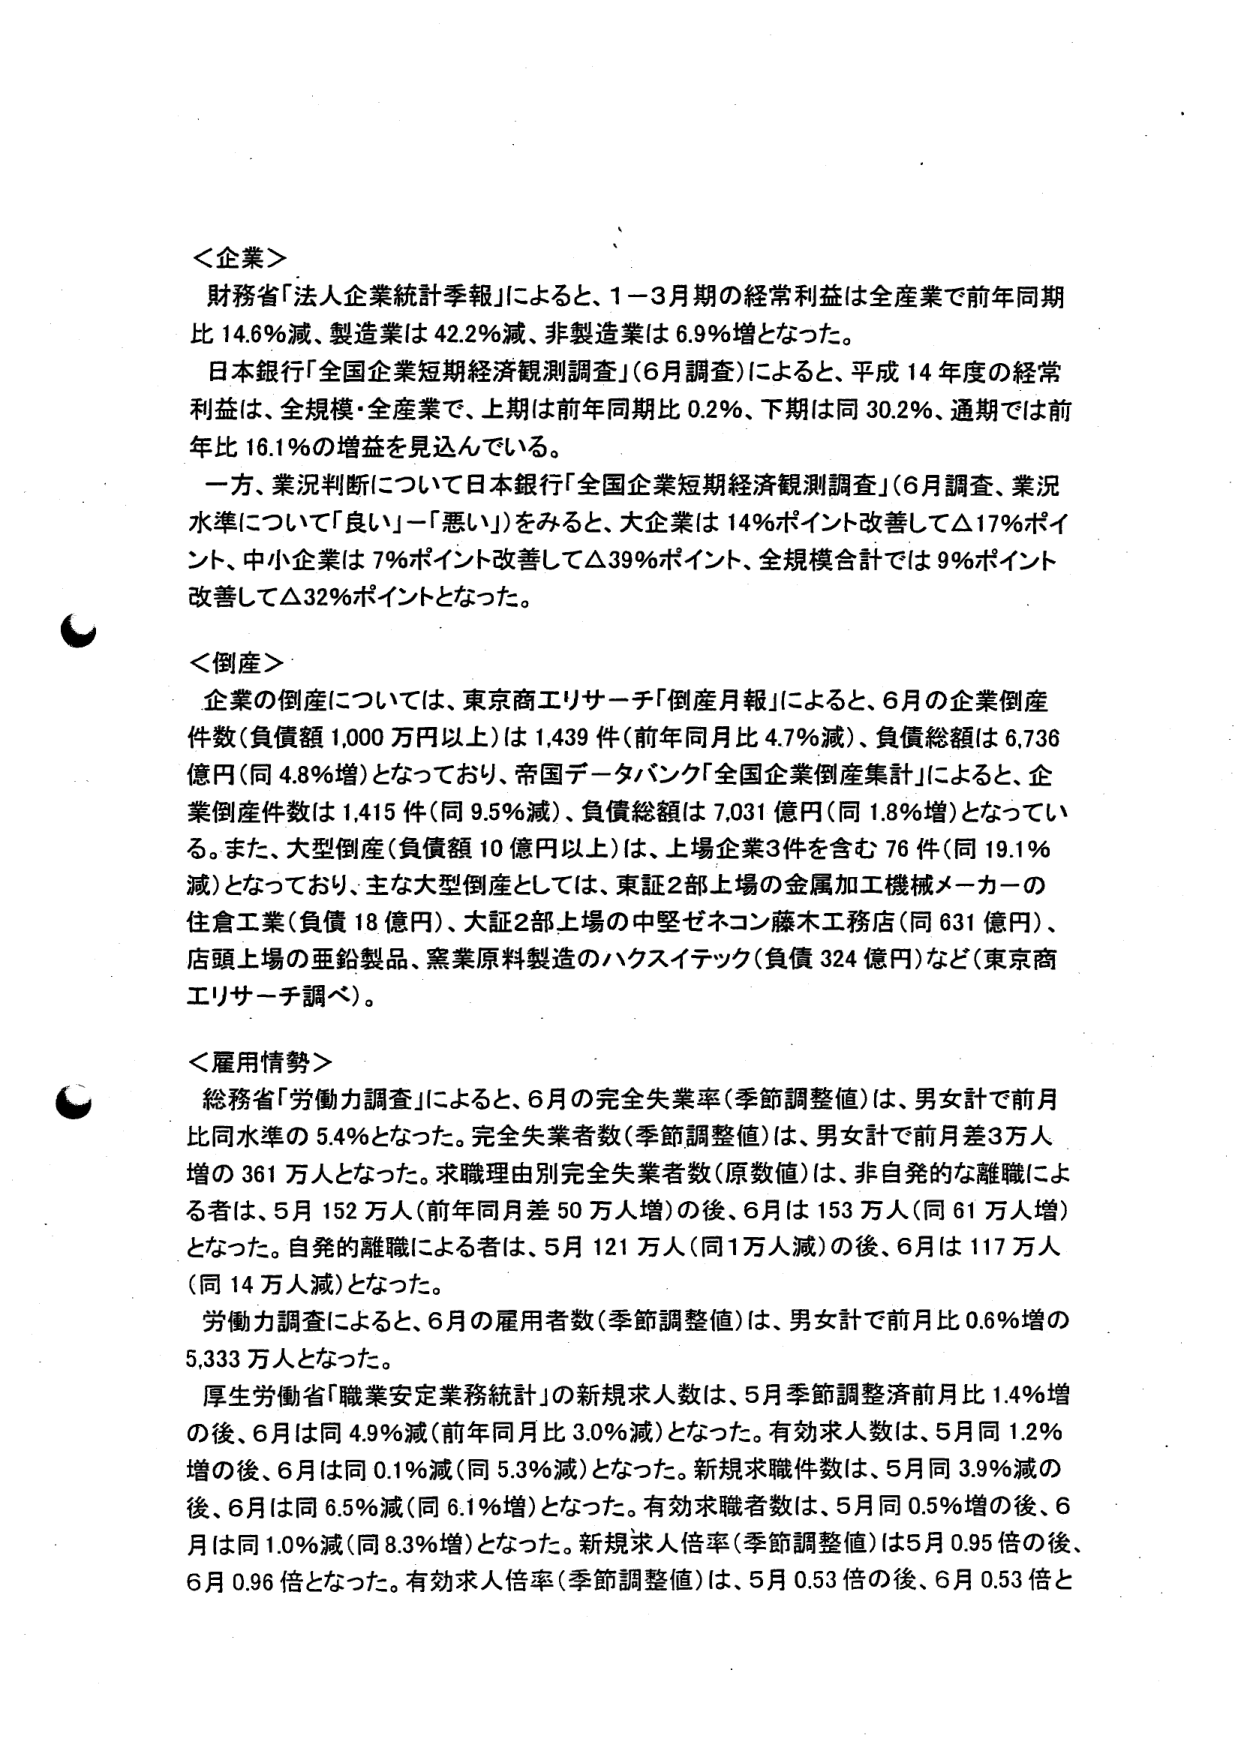
＜企業＞
財務省「法人企業統計季報」によると、1－3月期の経常利益は全産業で前年同期比14.6％減、製造業は42.2％減、非製造業は6.9％増となった。
日本銀行「全国企業短期経済観測調査」（6月調査）によると、平成14年度の経常利益は、全規模・全産業で、上期は前年同期比0.2％、下期は同30.2％、通期では前年比16.1％の増益を見込んでいる。
一方、業況判断について日本銀行「全国企業短期経済観測調査」（6月調査、業況水準について「良い」－「悪い」）をみると、大企業は14％ポイント改善して△17％ポイント、中小企業は7％ポイント改善して△39％ポイント、全規模合計では9％ポイント改善して△32％ポイントとなった。

＜倒産＞
企業の倒産については、東京商工リサーチ「倒産月報」によると、6月の企業倒産件数（負債額1,000万円以上）は1,439件（前年同月比4.7％減）、負債総額は6,736億円（同4.8％増）となっており、帝国データバンク「全国企業倒産集計」によると、企業倒産件数は1,415件（同9.5％減）、負債総額は7,031億円（同1.8％増）となっている。また、大型倒産（負債額10億円以上）は、上場企業3件を含む76件（同19.1％減）となっており、主な大型倒産としては、東証2部上場の金属加工機械メーカーの住倉工業（負債18億円）、大証2部上場の中堅ゼネコン藤木工務店（同631億円）、店頭上場の亜鉛製品、窯業原料製造のハクスイテック（負債324億円）など（東京商工リサーチ調べ）。

＜雇用情勢＞
総務省「労働力調査」によると、6月の完全失業率（季節調整値）は、男女計で前月比同水準の5.4％となった。完全失業者数（季節調整値）は、男女計で前月差3万人増の361万人となった。求職理由別完全失業者数（原数値）は、非自発的な離職による者は、5月152万人（前年同月差50万人増）の後、6月は153万人（同61万人増）となった。自発的離職による者は、5月121万人（同1万人減）の後、6月は117万人（同14万人減）となった。
労働力調査によると、6月の雇用者数（季節調整値）は、男女計で前月比0.6％増の5,333万人となった。
厚生労働省「職業安定業務統計」の新規求人数は、5月季節調整済前月比1.4％増の後、6月は同4.9％減（前年同月比3.0％減）となった。有効求人数は、5月同1.2％増の後、6月は同0.1％減（同5.3％減）となった。新規求職件数は、5月同3.9％減の後、6月は同6.5％減（同6.1％増）となった。有効求職者数は、5月同0.5％増の後、6月は同1.0％減（同8.3％増）となった。新規求人倍率（季節調整値）は5月0.95倍の後、6月0.96倍となった。有効求人倍率（季節調整値）は、5月0.53倍の後、6月0.53倍と